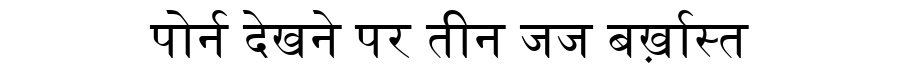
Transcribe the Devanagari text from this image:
पोर्न देखने पर तीन जज बर्ख़ास्त